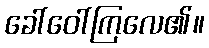
ခေါ်ဝေါ်ကြလေ၏။